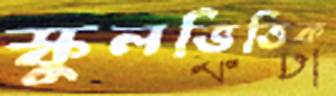
স্কুলভিত্তিক